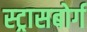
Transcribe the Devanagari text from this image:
स्ट्रासबोर्ग